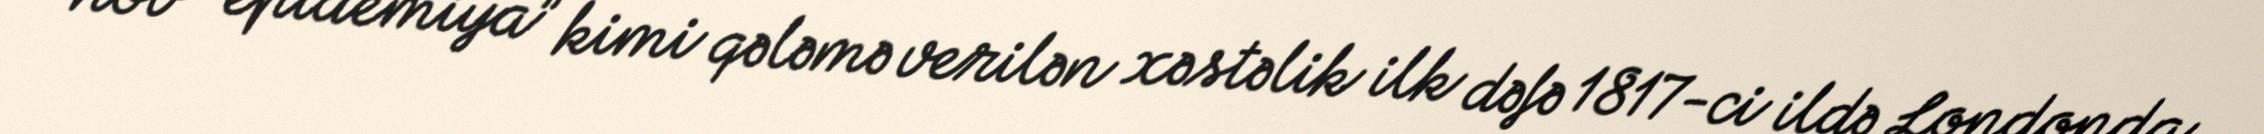
növ “epidemiya” kimi qələmə verilən xəstəlik ilk dəfə 1817-ci ildə Londonda